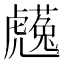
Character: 𧈋